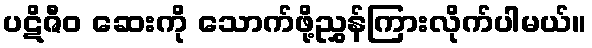
ပဋိဇီဝ ဆေးကို သောက်ဖို့ညွှန်ကြားလိုက်ပါမယ်။